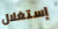
إستغلال